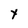
Character: Y